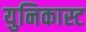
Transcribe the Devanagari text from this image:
युनिकास्ट